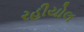
રહીયોલ